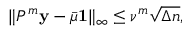
\| P ^ { m } \mathbf { y } - \bar { \mu } \mathbf { 1 } \| _ { \infty } \leq \nu ^ { m } \sqrt { \Delta n } ,